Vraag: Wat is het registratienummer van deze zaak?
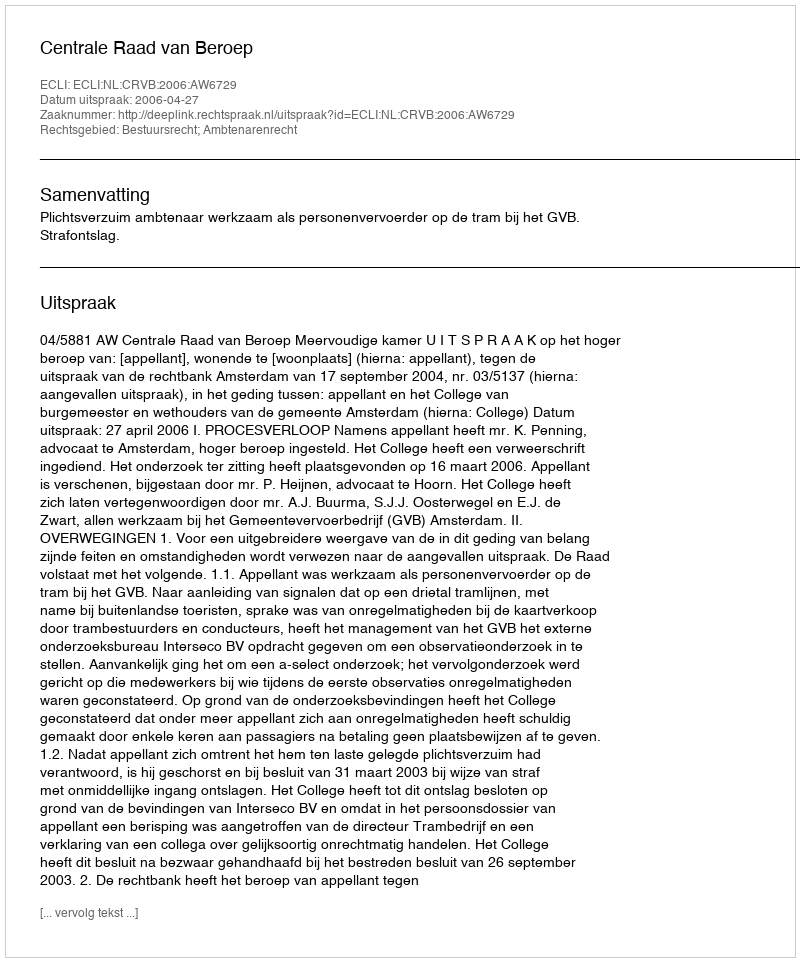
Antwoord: http://deeplink.rechtspraak.nl/uitspraak?id=ECLI:NL:CRVB:2006:AW6729